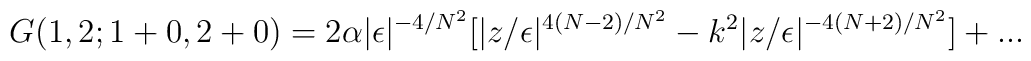
G(1, 2;1 + 0, 2 +0) = 2\alpha|\epsilon|^{-4/N^2}[|z/\epsilon|^{4(N -2)/N^2} - k^2|z/\epsilon|^{- 4(N + 2)/N^2}] + ...